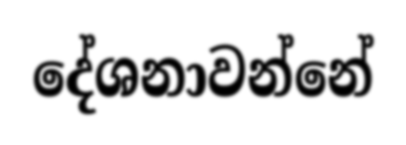
දේශනාවන්නේ